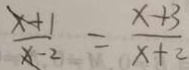
\frac { x + 1 } { x - 2 } = \frac { x + 3 } { x + 2 }